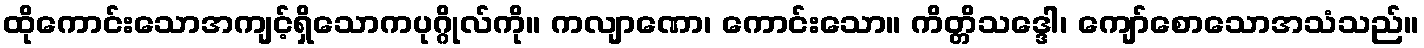
ထိုကောင်းသောအကျင့်ရှိသောကပုဂ္ဂိုလ်ကို။ ကလျာဏော၊ ကောင်းသော။ ကိတ္တိသဒ္ဒေါ၊ ကျော်စောသောအသံသည်။